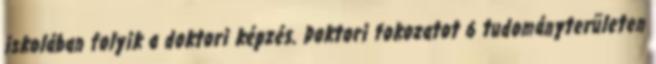
iskolában folyik a doktori képzés. Doktori fokozatot 6 tudományterületen